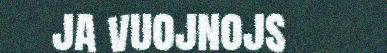
ja vuojnojs